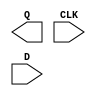
module sky130_fd_sc_ls__dfxtp (
    Q  ,
    CLK,
    D
);

    output Q  ;
    input  CLK;
    input  D  ;

    // Voltage supply signals
    supply1 VPWR;
    supply0 VGND;
    supply1 VPB ;
    supply0 VNB ;

endmodule